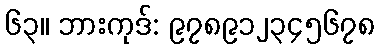
၆၃။ ဘားကုဒ်: ၉၇၈၉၁၂၃၄၅၆၇၈